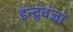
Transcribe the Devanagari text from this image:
इन्द्र्वज्रा